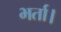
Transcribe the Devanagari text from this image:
भर्ता।